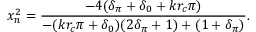
x _ { n } ^ { 2 } = \frac { - 4 ( \delta _ { \pi } + \delta _ { 0 } + k r _ { c } \pi ) } { - ( k r _ { c } \pi + \delta _ { 0 } ) ( 2 \delta _ { \pi } + 1 ) + ( 1 + \delta _ { \pi } ) } .